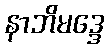
နာဘိမဒ္ဒေ